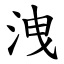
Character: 洩